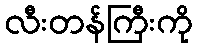
လီးတန်ကြီးကို